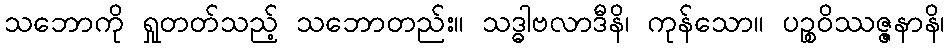
သဘောကို ရှုတတ်သည့် သဘောတည်း။ သဒ္ဓါဗလာဒီနိ၊ ကုန်သော။ ပဉ္စဝိဿဇ္ဇနာနိ၊